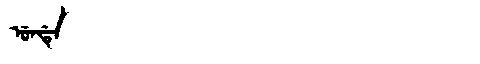
Manchu: ᡠᠨᡩᡝ
Romanization: UNDE